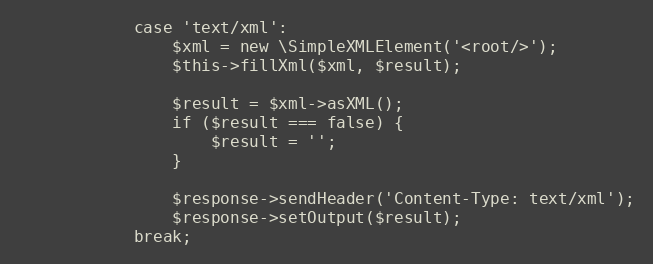
Language: PHP
            case 'text/xml':
                $xml = new \SimpleXMLElement('<root/>');
                $this->fillXml($xml, $result);

                $result = $xml->asXML();
                if ($result === false) {
                    $result = '';
                }

                $response->sendHeader('Content-Type: text/xml');
                $response->setOutput($result);
            break;